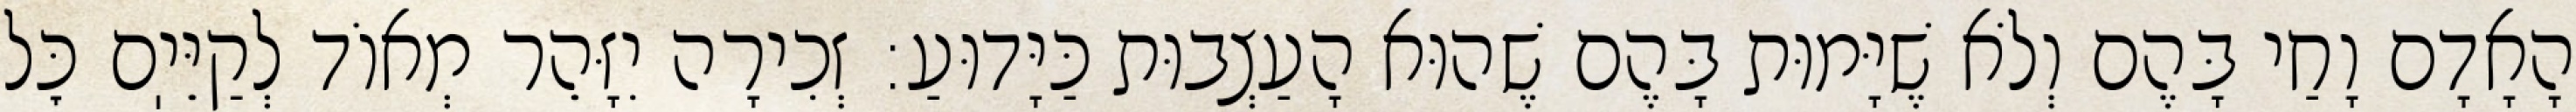
הָאָדָם וָחַי בָּהֶם וְלֹא שֶׁיָּמוּת בָּהֶם שֶׁהוּא הָעַצְבוּת כַּיָּדוּעַ: זְכִירָה יִזָּהֵר מְאוֹד לְקַיֵּיֽם כׇּל